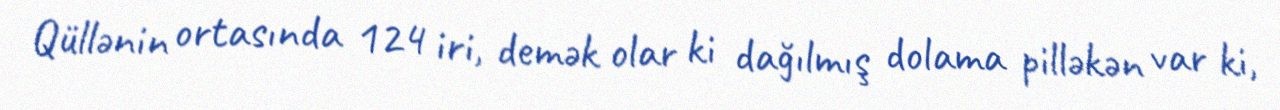
Qüllənin ortasında 124 iri, demək olar ki dağılmış dolama pilləkən var ki,